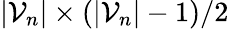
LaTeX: |\mathcal{V}_{n}|\times(|\mathcal{V}_{n}|-1)/2